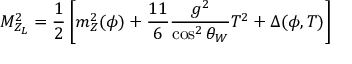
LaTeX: { \cal M } _ { Z _ { L } } ^ { 2 } = \frac { 1 } { 2 } \left[ m _ { Z } ^ { 2 } ( \phi ) + \frac { 1 1 } { 6 } \frac { g ^ { 2 } } { \cos ^ { 2 } \theta _ { W } } T ^ { 2 } + \Delta ( \phi , T ) \right]